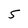
Character: 5